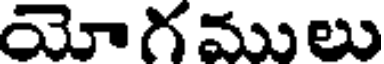
యోగములు